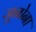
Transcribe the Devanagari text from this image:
जुनोना